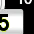
Digit: 5